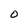
Character: O